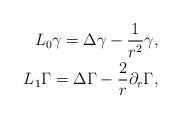
LaTeX: \begin{align*}L_0\gamma=\Delta\gamma -\frac{1}{r^{2}}\gamma,\\L_1 \Gamma =\Delta\Gamma -\frac{2}{r}\partial_r \Gamma,\end{align*}